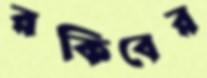
রকিবের